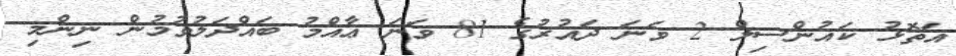
އަތޮޅު ކައުންސިލް 2 ވަނަ ދައުރުގެ 81 ވަނަ ޢާއްމު ބައްދަލުވުމުން ނިންމި